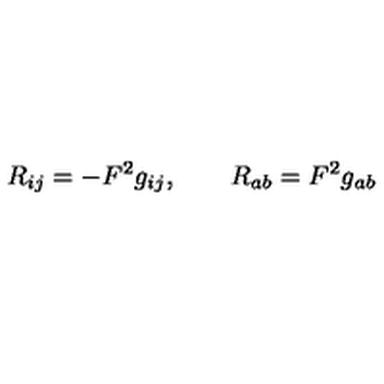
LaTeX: R _ { i j } = - F ^ { 2 } g _ { i j } , \qquad R _ { a b } = F ^ { 2 } g _ { a b }